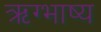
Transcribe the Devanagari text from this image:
ऋग्भाष्य